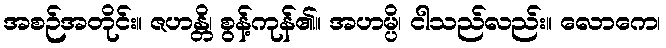
အစဉ်အတိုင်း။ ဇဟန္တိ၊ စွန့်ကုန်၏။ အဟမ္ပိ၊ ငါသည်လည်း။ လောကေ၊